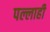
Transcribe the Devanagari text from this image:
पल्लाही